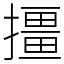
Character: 㩖